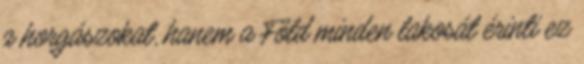
a horgászokat, hanem a Föld minden lakosát érinti ez